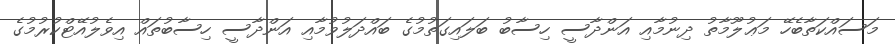
މަސައްކަތާބެހޭ މަޢުލޫމާތު ދިނުމާއި އަންދާސީ ހިސާބު ބަލައިގަތުމުގެ ބައްދަލުވުމާއި އަންދާސީ ހިސާބުތައް އިވެލުއޭޓްކުރުމުގެ